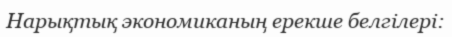
Нарықтық экономиканың ерекше белгілері: